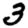
Digit: 3